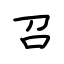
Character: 召